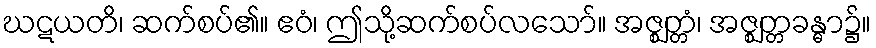
ဃဋယတိ၊ ဆက်စပ်၏။ ဧဝံ၊ ဤသို့ဆက်စပ်လသော်။ အဇ္ဈတ္တံ၊ အဇ္ဈတ္တခန္ဓာ၌။